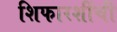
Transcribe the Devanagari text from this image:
शिफारशींची